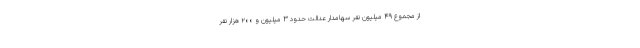
از مجموع ۴۹ میلیون نفر سهامدار عدالت حدود ۳ میلیون و ۲۰۰ هزار نفر